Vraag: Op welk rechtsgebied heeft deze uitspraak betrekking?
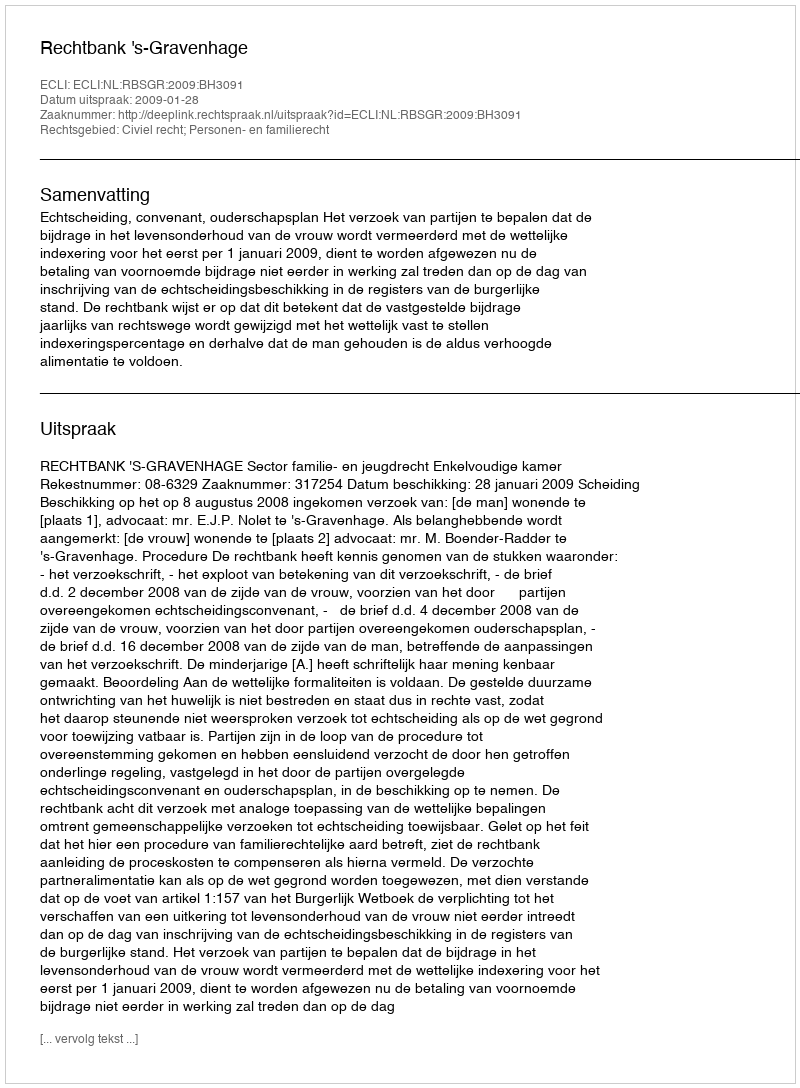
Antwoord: Civiel recht; Personen- en familierecht